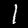
Label: 1